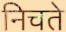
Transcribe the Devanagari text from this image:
निचते